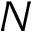
N